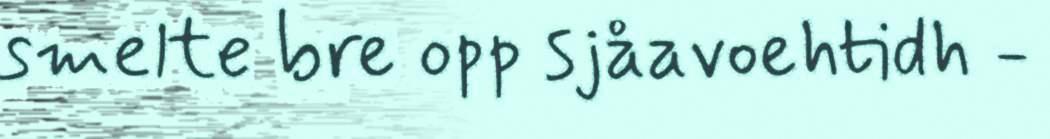
smelte bre opp sjåavoehtidh -